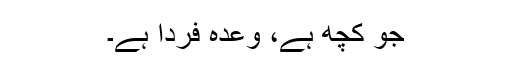
جو کچھ ہے، وعدہ فردا ہے۔